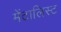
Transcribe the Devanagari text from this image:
मेंटालिस्ट